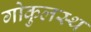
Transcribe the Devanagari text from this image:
गोकुलस्थ